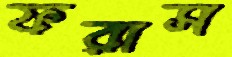
ফরাস